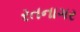
રતનાગર